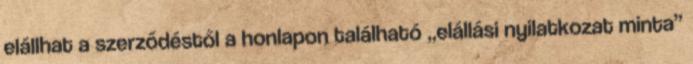
elállhat a szerződéstől a honlapon található „elállási nyilatkozat minta”